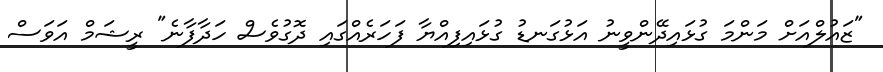
"ޒައުލްއަށް މަންމަ ގުޅައިދޭންވީނު އަޅުގަނޑު ގުޅައިފިއްޔާ ފަހަރެއްގައި ދޮގުވެސް ހަދާފާނެ" ރީޝަމް އަވަސް